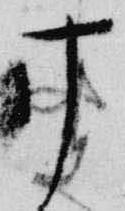
十